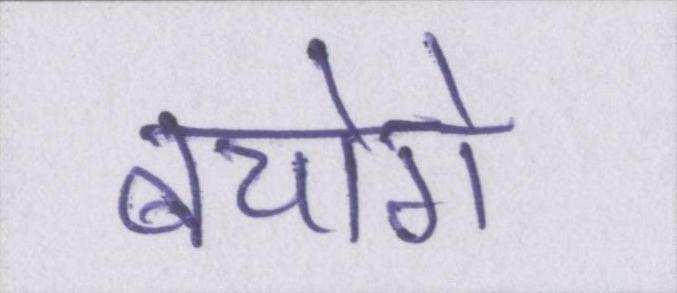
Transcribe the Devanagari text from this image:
बचोगे